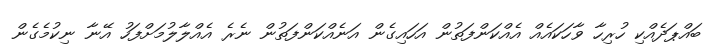
ބައްޕަދެއްކި ހުރިހާ ވާހަކައެއް އެއްކަންފަތުން އަހައިގެން އަނެއްކަންފަތުން ނެރެ އެއްލާލުމަށްފަހު އޭނާ ނިކުމެގެން